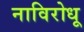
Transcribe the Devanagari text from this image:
नाविरोधू